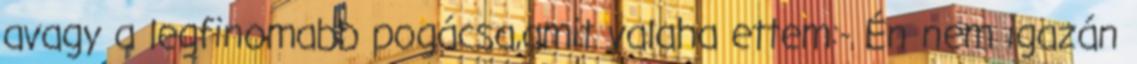
avagy a legfinomabb pogácsa,amit valaha ettem:- Én nem igazán